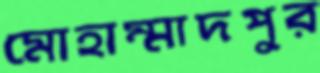
মোহাম্মাদপুর